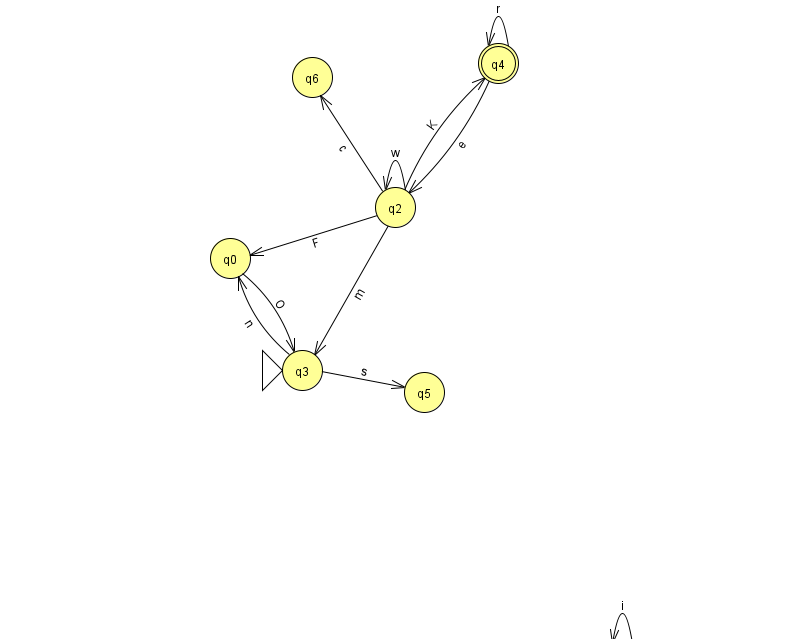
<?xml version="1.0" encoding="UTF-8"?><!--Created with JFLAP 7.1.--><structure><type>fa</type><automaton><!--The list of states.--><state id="0" name="q0"><x>230.0</x><y>245.0</y></state><state id="1" name="q1"><x>622.0</x><y>647.0</y></state><state id="2" name="q2"><x>395.0</x><y>194.0</y></state><state id="3" name="q3"><x>302.0</x><y>357.0</y><initial/></state><state id="4" name="q4"><x>498.0</x><y>50.0</y><final/></state><state id="5" name="q5"><x>424.0</x><y>379.0</y></state><state id="6" name="q6"><x>312.0</x><y>64.0</y></state><!--The list of transitions.--><transition><from>2</from><to>4</to><read>K</read></transition><transition><from>4</from><to>4</to><read>r</read></transition><transition><from>2</from><to>0</to><read>F</read></transition><transition><from>2</from><to>2</to><read>w</read></transition><transition><from>0</from><to>3</to><read>O</read></transition><transition><from>1</from><to>1</to><read>i</read></transition><transition><from>3</from><to>0</to><read>n</read></transition><transition><from>2</from><to>3</to><read>m</read></transition><transition><from>2</from><to>6</to><read>c</read></transition><transition><from>4</from><to>2</to><read>e</read></transition><transition><from>3</from><to>5</to><read>s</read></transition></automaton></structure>